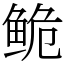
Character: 𬶏